65_HS1-834228961_62-HQ-83894_Section_10
Agency: FBI
Page 147
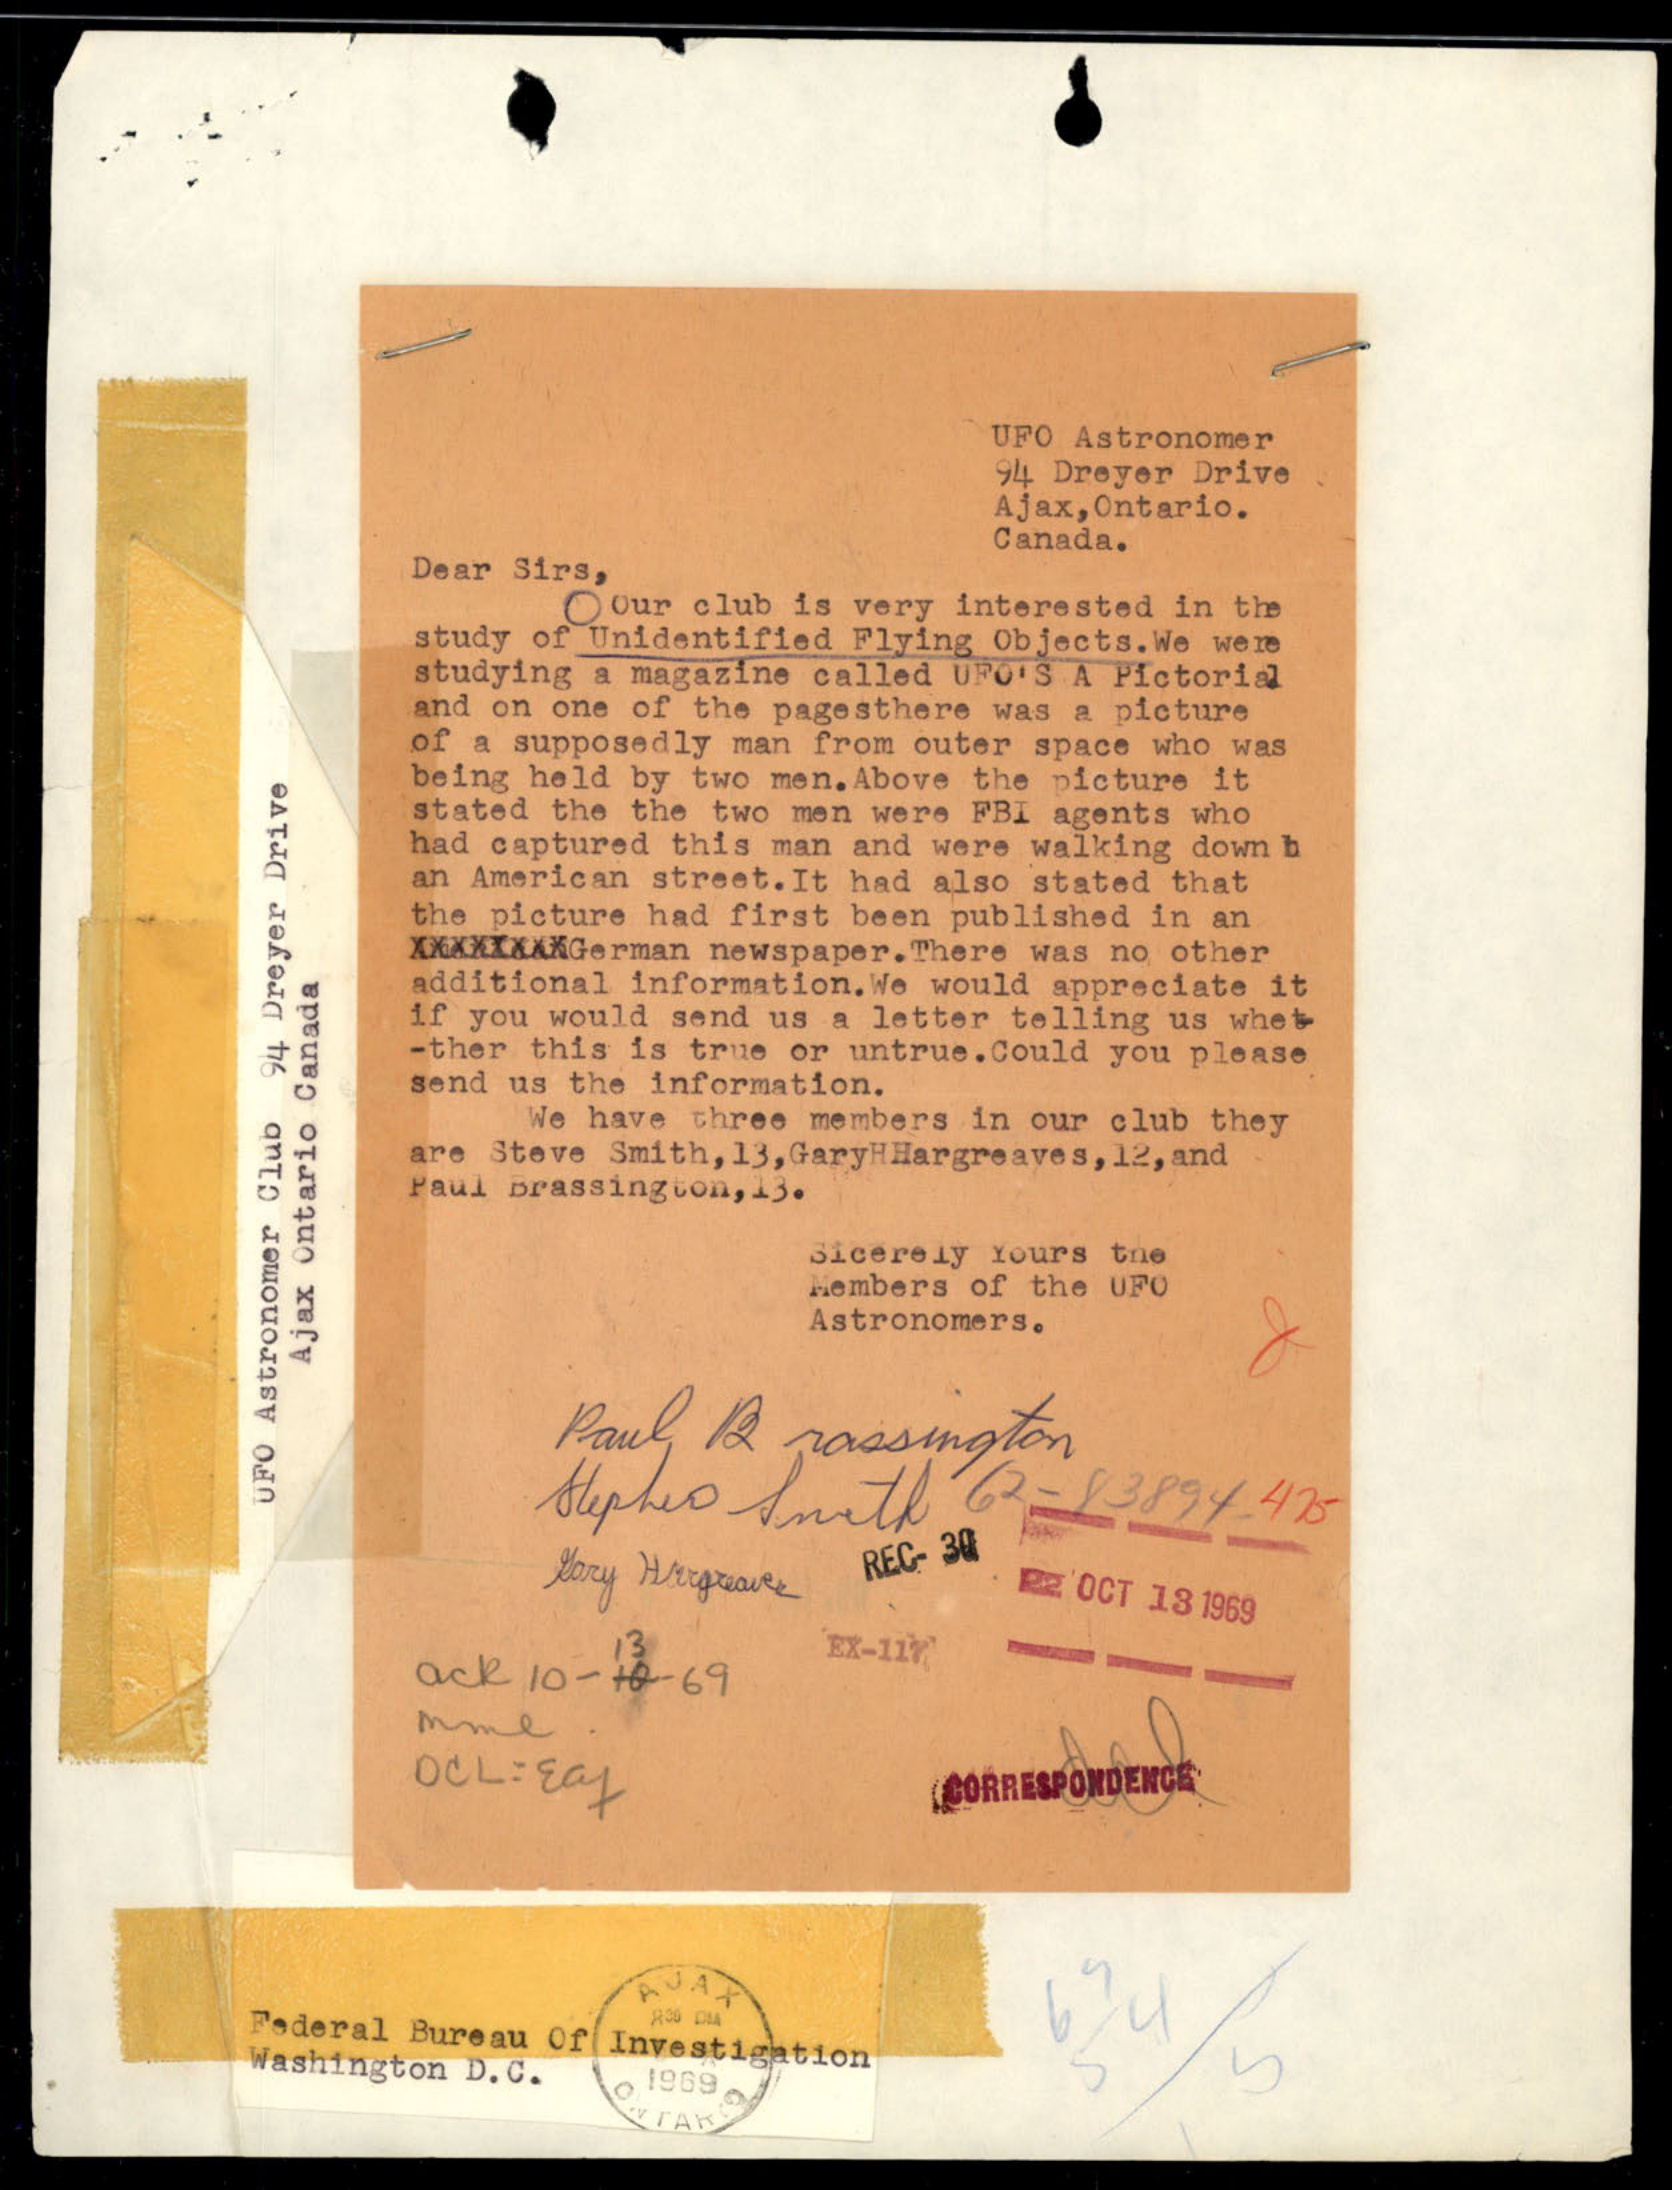